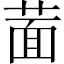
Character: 𦵀